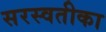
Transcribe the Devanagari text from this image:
सरस्वतीका